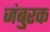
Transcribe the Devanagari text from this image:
जंबुरक